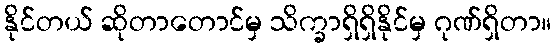
နိုင်တယ် ဆိုတာတောင်မှ သိက္ခာရှိရှိနိုင်မှ ဂုဏ်ရှိတာ။